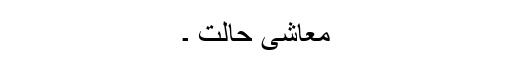
معاشی حالت ۔